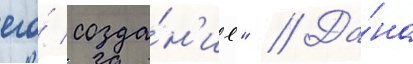
его́ созда́н'ие" // Да́на